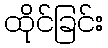
ထိုင်ခြင်း